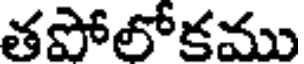
తపోలోకము